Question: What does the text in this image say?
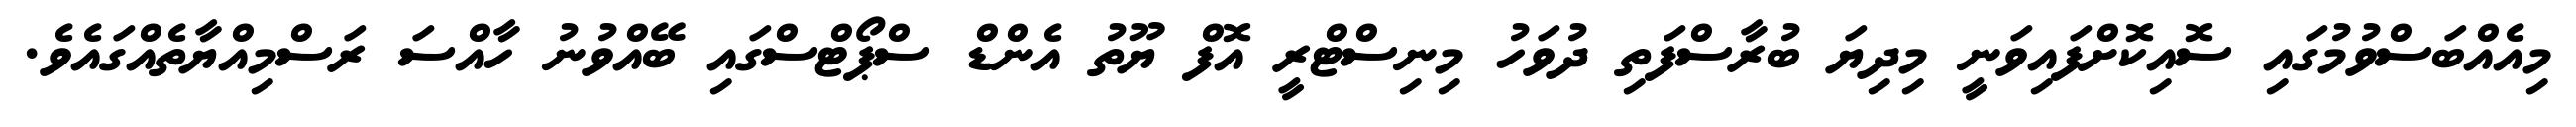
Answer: މިއެއްބަސްވުމުގައި ސޮއިކޮށްފައިވަނީ މިދިޔަ ބުރާސްފަތި ދުވަހު މިނިސްޓްރީ އޮފް ޔޫތު އެންޑް ސްޕޯޓްސްގައި ބޭއްވުނު ހާއްސަ ރަސްމިއްޔާތެއްގައެވެ.